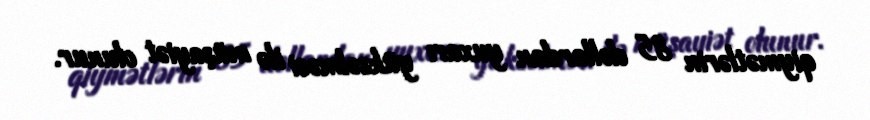
qiymətlərin 85 dollardan yuxarı yüksəlməsi ilə müşayiət olunur.